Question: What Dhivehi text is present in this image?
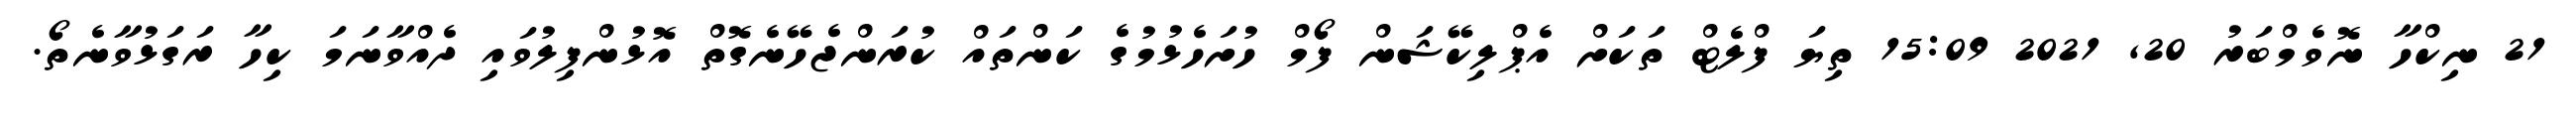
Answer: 21 ނިކްހާ ނޮވެމްބަރު 20, 2021 15:09 ތިޔަ ފްލެޓް ތަކަށް އެޕްލިކޭޝަން ފޯމް ހުށަހެޅުމުގެ ކަންތައް ކުރަންޖެހޭނެގޮތް އޮޅުންފިލުވައި ދެއްވާނަމަ ކިހާ ރަގަޅުވާނެތޯ.